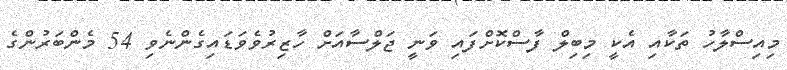
މިއިސްލާހު ތަކާއި އެކީ މިބިލް ފާސްކޮށްފައި ވަނީ ޖަލްސާއަށް ހާޒިރުވެވަޑައިގެންނެވި 54 މެންބަރުންގެ